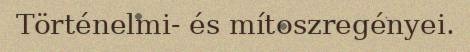
Történelmi- és mítoszregényei.